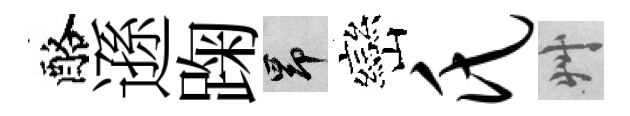
酪遜踘昂巒氏艸